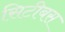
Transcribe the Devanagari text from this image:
सिटीबस